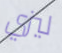
ليزي